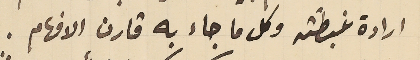
ارادة غبطته وكل ما جاء به قارن الافهام.